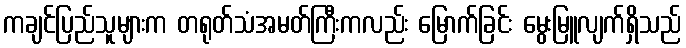
ကချင်ပြည်သူများက တရုတ်သံအမတ်ကြီးကလည်း မြောက်ခြင်း မွေးမြူလျက်ရှိသည်